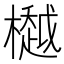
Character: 𣜀